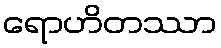
ရောဟိတဿာ